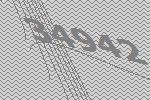
34942